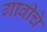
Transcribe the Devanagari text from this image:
गावीचे